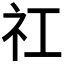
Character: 𬒬